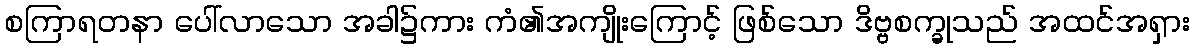
စကြာရတနာ ပေါ်လာသော အခါ၌ကား ကံ၏အကျိုးကြောင့် ဖြစ်သော ဒိဗ္ဗစက္ခုသည် အထင်အရှား